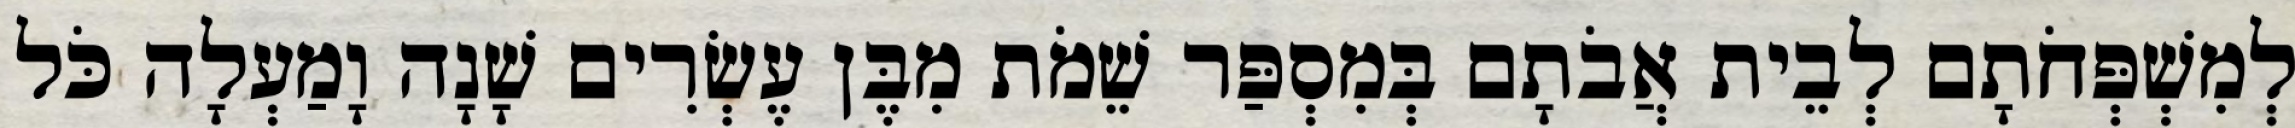
לְמִשְׁפְּחֹתָם לְבֵית אֲבֹתָם בְּמִסְפַּר שֵׁמֹת מִבֶּן עֶשְׂרִים שָׁנָה וָמַעְלָה כֹּל